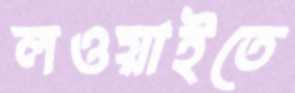
লওয়াইতে